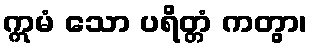
ဣမံ သော ပရိတ္တံ ကတွာ၊